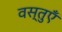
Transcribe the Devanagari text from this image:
वस्‍तुऍं